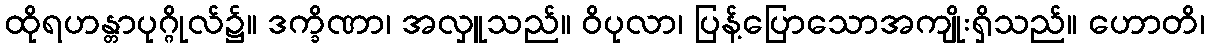
ထိုရဟန္တာပုဂ္ဂိုလ်၌။ ဒက္ခိဏာ၊ အလှူသည်။ ဝိပုလာ၊ ပြန့်ပြောသောအကျိုးရှိသည်။ ဟောတိ၊